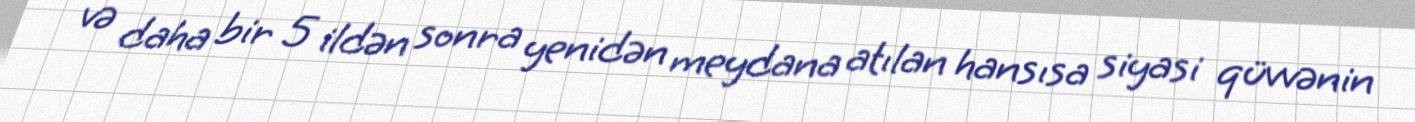
və daha bir 5 ildən sonra yenidən meydana atılan hansısa siyasi qüvvənin